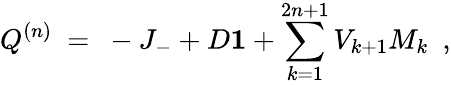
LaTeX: Q^{(n)}\ =\ -J_{-}+D{\mathbf 1}+\sum_{k=1}^{2n+1}V_{k+1}M_{k}\ \ ,